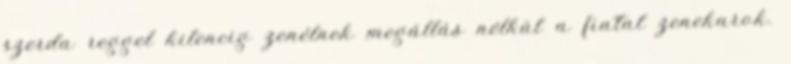
szerda reggel kilencig zenélnek megállás nélkül a fiatal zenekarok.